Vaccine operations Central Provinces 1886-1899 - 1886-1899
Year: 1886
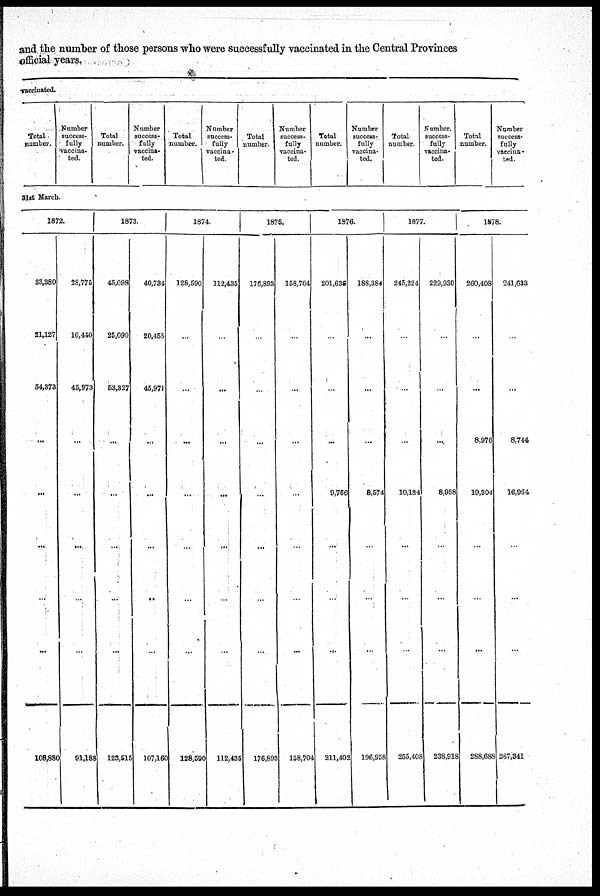
and the number of those persons who were successfully vaccinated in the Central Provinces
official years.
vaccinated.
Total
number.
Number
success-
fully
vaccina-
ted.
Total
number.
Number
success¬
fully
vaccina-
ted.
Total
number.
Number
success-
fully
vaccina-
ted.
Total
number.
Number
success-
fully
vaccina-
ted.
Total
number.
Number
success-
fully
vaccina-
ted.
Total
number.
Number.
success-
fully
vaccina-
ted.
Total
number.
Number
success-
fully
vaccina-
ted.
31st March.
1872.
33,380
21,127
54,373
...
...
...
...
...
108,880
28,775
16,440
45,973
...
...
...
...
...
91,188
1873.
45,098
25,090
53,327
...
...
...
...
...
123,515
40,734
20,455
45,971
...
...
...
...
...
107,160
1874.
128,590
...
...
...
...
...
...
...
128,590
112,435
...
...
...
...
...
...
...
112,435
1875.
176,893
...
...
...
...
...
...
...
176,893
158,704
...
...
...
...
...
...
...
158,704
1876.
201,636
...
...
...
9,766
...
...
...
211,402
188,384
...
...
...
8,574
...
...
...
196,958
1877.
245,224
...
...
...
10,184
...
...
...
255,408
229,930
...
...
...
8,988
...
...
...
238,918
1878.
260,408
...
...
8,976
19,304
...
...
...
288,688
241,633
...
...
8,744
16,964
...
...
...
267,341